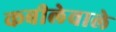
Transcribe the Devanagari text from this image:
कबीलेवाले